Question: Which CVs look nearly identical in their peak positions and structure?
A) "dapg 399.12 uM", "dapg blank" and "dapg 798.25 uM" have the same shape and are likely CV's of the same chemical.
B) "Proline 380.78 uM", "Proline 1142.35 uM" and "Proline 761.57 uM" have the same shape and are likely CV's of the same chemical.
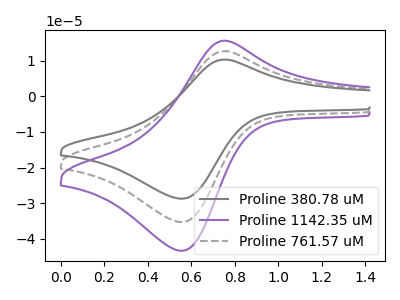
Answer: <think>The gray curve "Proline 380.78 uM" has an anodic peak at (0.75V, 10.35uA) and a cathodic peak at (0.55V, -28.75uA). The purple curve "Proline 1142.35 uM" has an anodic peak at (0.75V, 25.45uA) and a cathodic peak at (0.55V, -70.60uA). The gray dashed curve "Proline 761.57 uM" has an anodic peak at (0.75V, 12.75uA) and a cathodic peak at (0.55V, -35.30uA).
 All the peaks in "Proline 380.78 uM" have a peak in "Proline 1142.35 uM" at the same potential. Every peak in "Proline 380.78 uM" is lower than every peak in "Proline 1142.35 uM". All the peaks in "Proline 380.78 uM" have a peak in "Proline 761.57 uM" at the same potential. Every peak in "Proline 380.78 uM" is lower than every peak in "Proline 761.57 uM". All the peaks in "Proline 1142.35 uM" have a peak in "Proline 761.57 uM" at the same potential. Every peak in "Proline 1142.35 uM" is higher than every peak in "Proline 761.57 uM".</think>
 <answer>B) "Proline 380.78 uM", "Proline 1142.35 uM" and "Proline 761.57 uM" have the same shape and are likely CV's of the same chemical.</answer>
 <eval>B</eval>